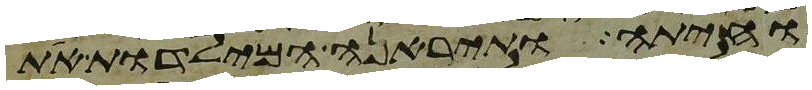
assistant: וחיתה ותיראנה המילדות את